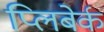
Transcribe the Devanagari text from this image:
प्लिबेर्क